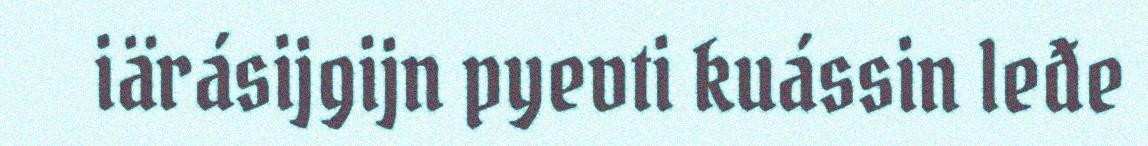
iärásijgijn pyevti kuássin leđe